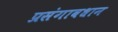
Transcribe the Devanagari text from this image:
प्रसंगावधान